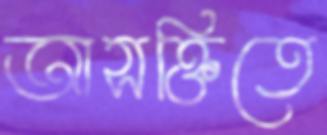
আসক্তিতে